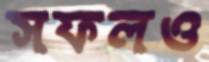
সফলও